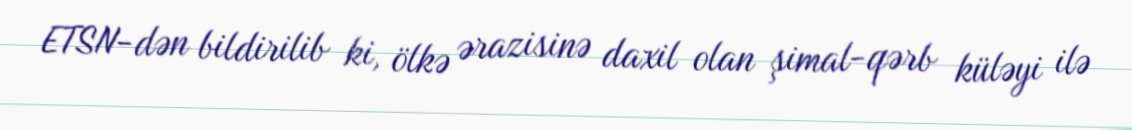
ETSN-dən bildirilib ki, ölkə ərazisinə daxil olan şimal-qərb küləyi ilə